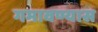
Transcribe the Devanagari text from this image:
गमावण्यास